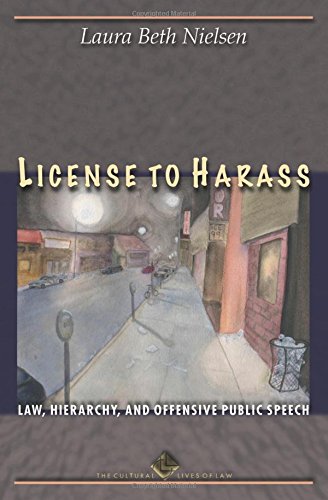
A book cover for License to Harass: Law, Hierarchy, and Offensive Public Speech (The Cultural Lives of Law); Laura Beth Nielsen; Law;